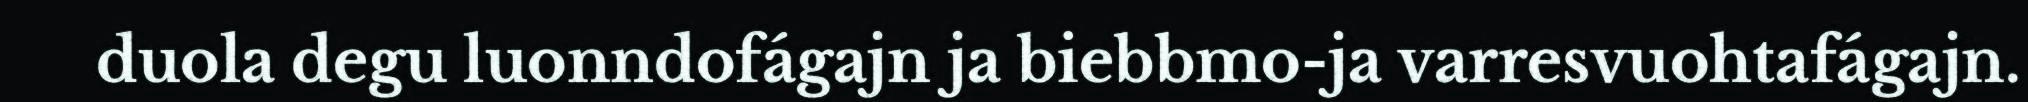
duola degu luonndofágajn ja biebbmo-ja varresvuohtafágajn.